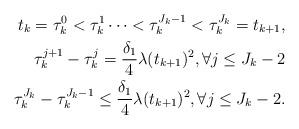
LaTeX: \begin{align*}\begin{aligned}t_{k}=\tau_{k}^{0}<\tau_{k}^{1}\cdots <\tau_{k}^{J_{k}-1}<\tau_{k}^{J_{k}}=t_{k+1},\\\tau_{k}^{j+1}-\tau_{k}^{j}=\frac{\delta_{1}}{4}\lambda(t_{k+1})^{2}, \forall j\leq J_{k}-2\\\tau_{k}^{J_{k}}-\tau_{k}^{J_{k}-1}\leq \frac{\delta_{1}}{4}\lambda(t_{k+1})^{2}, \forall j\leq J_{k}-2.\end{aligned}\end{align*}